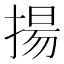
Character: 揚